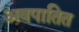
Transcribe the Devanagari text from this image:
अवपातित